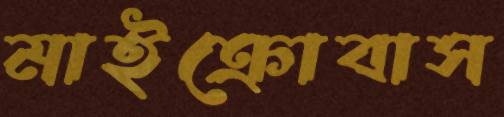
মাইক্রোবাস